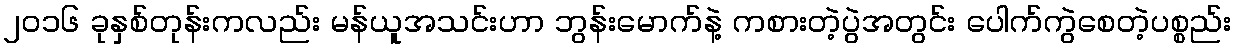
၂၀၁၆ ခုနှစ်တုန်းကလည်း မန်ယူအသင်းဟာ ဘွန်းမောက်နဲ့ ကစားတဲ့ပွဲအတွင်း ပေါက်ကွဲစေတဲ့ပစ္စည်း